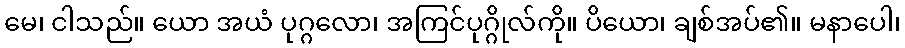
မေ၊ ငါသည်။ ယော အယံ ပုဂ္ဂလော၊ အကြင်ပုဂ္ဂိုလ်ကို။ ပိယော၊ ချစ်အပ်၏။ မနာပေါ၊